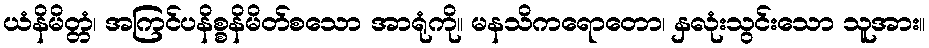
ယံနိမိတ္တံ၊ အကြင်ပနိစ္စနိမိတ်စသော အာရုံကို။ မနသိကရောတော၊ နှလုံးသွင်းသော သူအား။